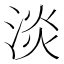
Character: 淡